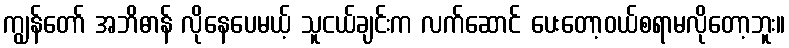
ကျွန်တော် အဘိဓာန် လိုနေပေမယ့် သူငယ်ချင်းက လက်ဆောင် ပေးတော့ဝယ်စရာမလိုတော့ဘူး။